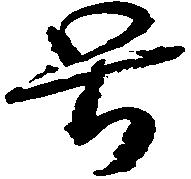
号